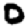
Digit: 0